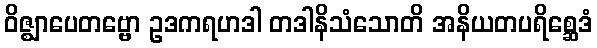
ဝိဇ္ဈာပေတဗ္ဗော ဥဒကရဟဒါ တဒါနိသံသောတိ အနိယတပရိစ္ဆေဒံ